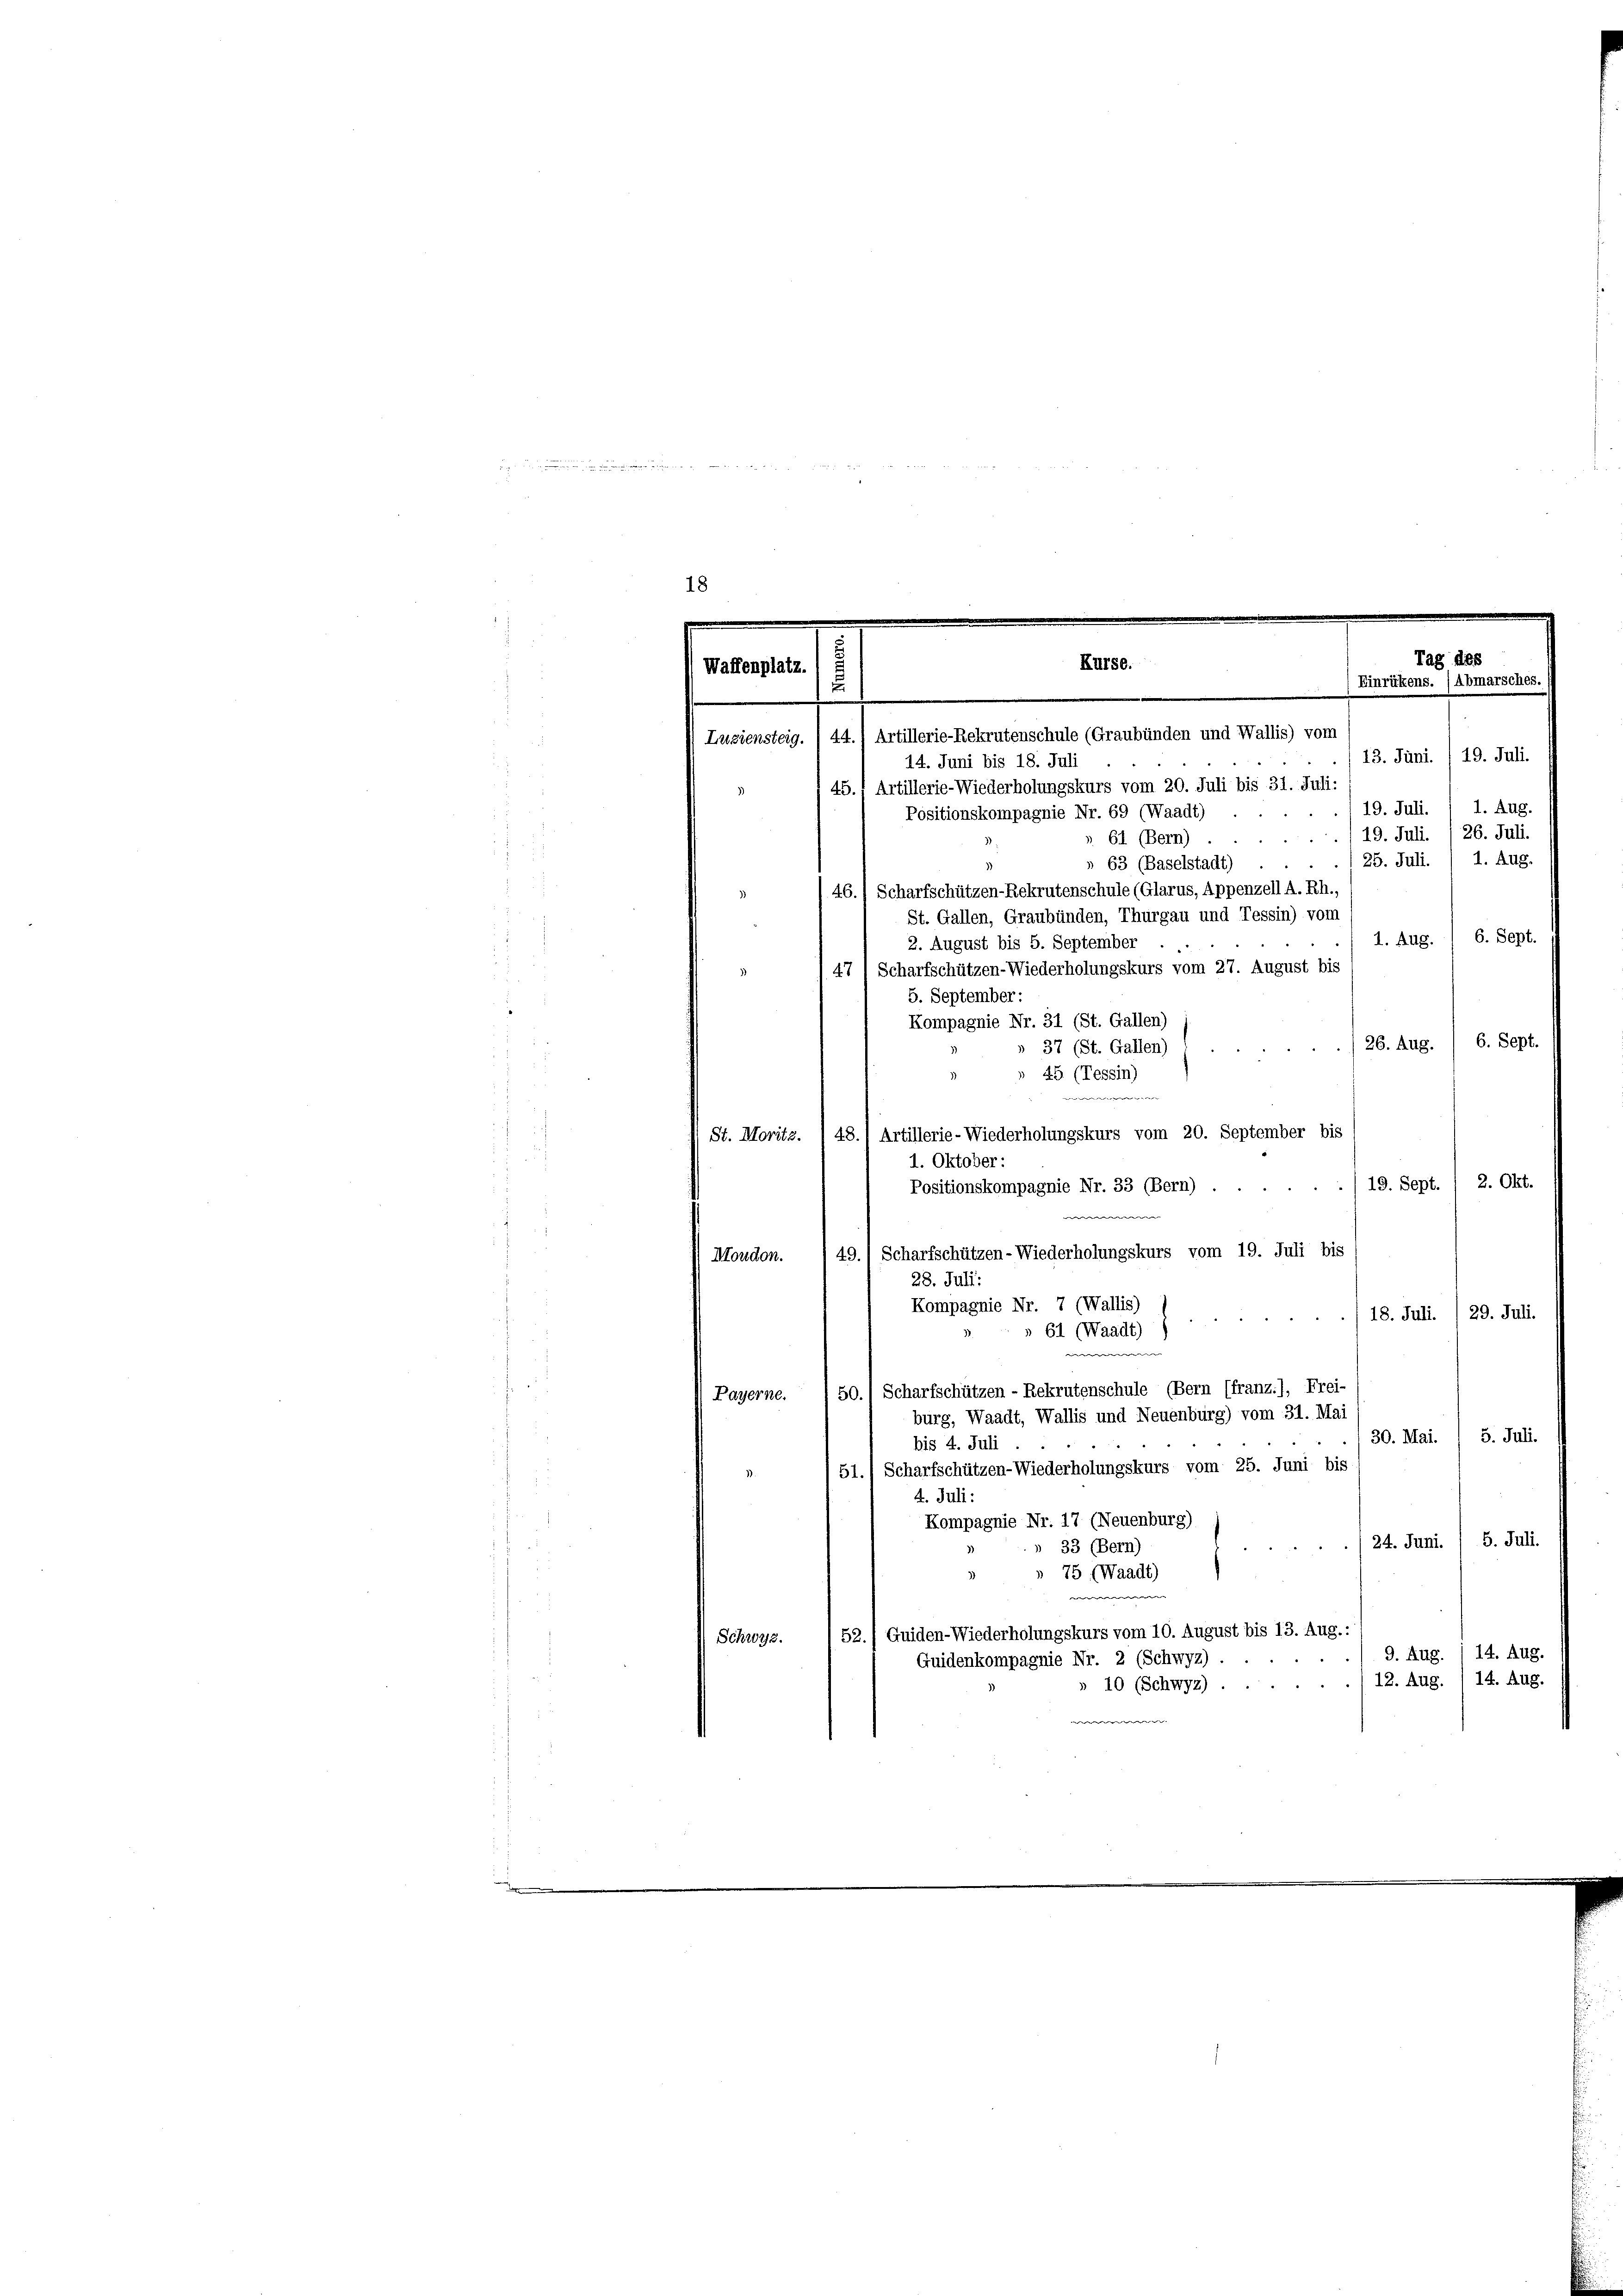
18
Tag des
s
Kurse.
Waffenplatz.
Einrükens. Abmarsches.
x
.
Luziensteig. / 44.) Artillerie-Rekrutenschule (Graubünden und Wallis) vom

13. Juni. /19. Juli.
14. Juni bis 18. Juli
45. Artillerie-Wiederholungskurs vom 20. Juli bis 31. Juli:
1. Aug
19. Juli.
Positionskompagnie Nr. 69 (Waadt)
19. Juli. /26. Juli.
61 (Bern)
25. Juli. / 1. Aug.
» 63 (Baselstadt)
46.) Scharfschützen-Rekrutenschule (Glarus, Appenzell A.Rh.,
.
St. Gallen, Graubünden, Thurgau und Tessin) vom
1. Aug. 1 6. Sept.
2. August bis 5. September
47) Scharfschützen-Wiederholungskurs vom 27. August bis
5. September:
Kompagnie Nr. 31 (St. Gallen)

6. Sept.
26. Aug.
 37 (St. Gallen)
 45 (Tessin)
2
de
St. Moritz. I 48. 1 Artillerie-Wiederholungskurs vom 20. September bis
1. Oktober:
19. Sept. / 2. Okt.
Positionskompagnie Nr. 33 (Bern) .
w
49.) Scharfschützen-Wiederholungskurs vom 19. Juli bis
Moudon.
28. Juli:
Kompagnie Nr. 7 (Wallis)
18. Juli. / 29. Juli.
61 (Waadt)
e
e
50.) Scharfschützen - Rekrutenschule (Bern (franz.), Frei-
Payerne.
burg, Waadt, Wallis und Neuenburg) vom 31. Mai
30. Mai. 1 5. Juli.
bis 4. Juli
51.) Scharfschützen-Wiederholungskurs vom 25. Juni bis
4. Juli:
Kompagnie Nr. 17 (Neuenburg)
5. Juli.
24. Juni.
 33 (Bern)
75 (Waadt)
er |
52.) Guiden-Wiederholungskurs vom 10. August bis 13. Aug.:
Schwyz.
9. Aug. 14. Aug.
Guidenkompagnie Nr. 2 (Schwyz)
12. Aug. 114. Aug.
» 10 (Schwyz)
w